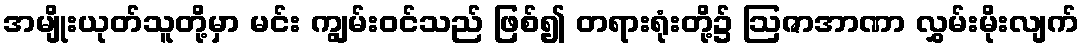
အမျိုးယုတ်သူတို့မှာ မင်း ကျွမ်းဝင်သည် ဖြစ်၍ တရားရုံးတို့၌ ဩဇာအာဏာ လွှမ်းမိုးလျက်